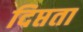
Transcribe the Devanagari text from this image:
दिप्तता